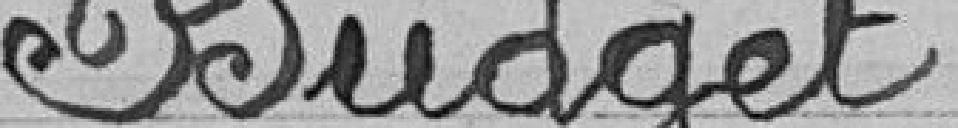
Budget